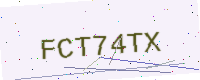
Text: FCT74TX